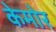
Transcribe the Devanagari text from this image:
केमोर